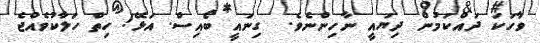
ވާހަކަ ދައްކަމުން ދިޔައީ ނާހިންނެވެ.  ގިނައީ ބޯއިސް. އަޅޭ! ހިތް ހަލާކުވެއްޖެ